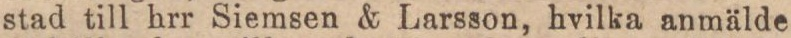
stad till hrr Siemsen & Larsson, hvilka anmälde